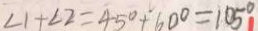
\angle 1 + \angle 2 = 4 5 ^ { \circ } + 6 0 ^ { \circ } = 1 0 5 ^ { \circ }